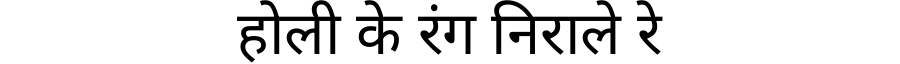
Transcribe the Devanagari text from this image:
होली के रंग निराले रे